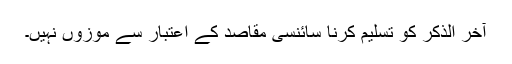
آخر الذکر کو تسلیم کرنا سائنسی مقاصد کے اعتبار سے موزوں نہیں۔